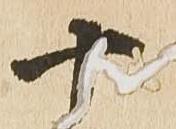
十